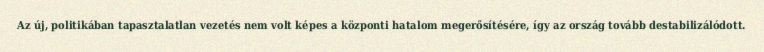
Az új, politikában tapasztalatlan vezetés nem volt képes a központi hatalom megerősítésére, így az ország tovább destabilizálódott.